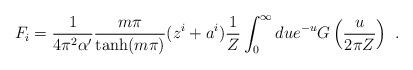
LaTeX: \begin{align*}F_i = \frac{1}{4\pi^2\alpha'}\frac{m\pi}{\tanh(m\pi)} (z^i+a^i) \frac{1}{Z } \int_0^{\infty} du e^{-u} G\left(\frac{u}{2\pi Z}\right)\ .\end{align*}